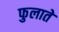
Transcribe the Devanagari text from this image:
फुलाते